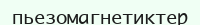
пьезомагнетиктер